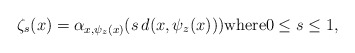
\begin{align*} \zeta_s(x)=\alpha_{x,\psi_z(x)}(s\,d(x,\psi_z(x))) \textrm{where} 0 \le s \le 1,\end{align*}